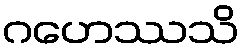
ဂဟေဿသိ